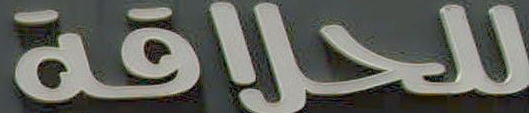
للحلاقة